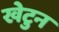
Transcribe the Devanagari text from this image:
खेटुन